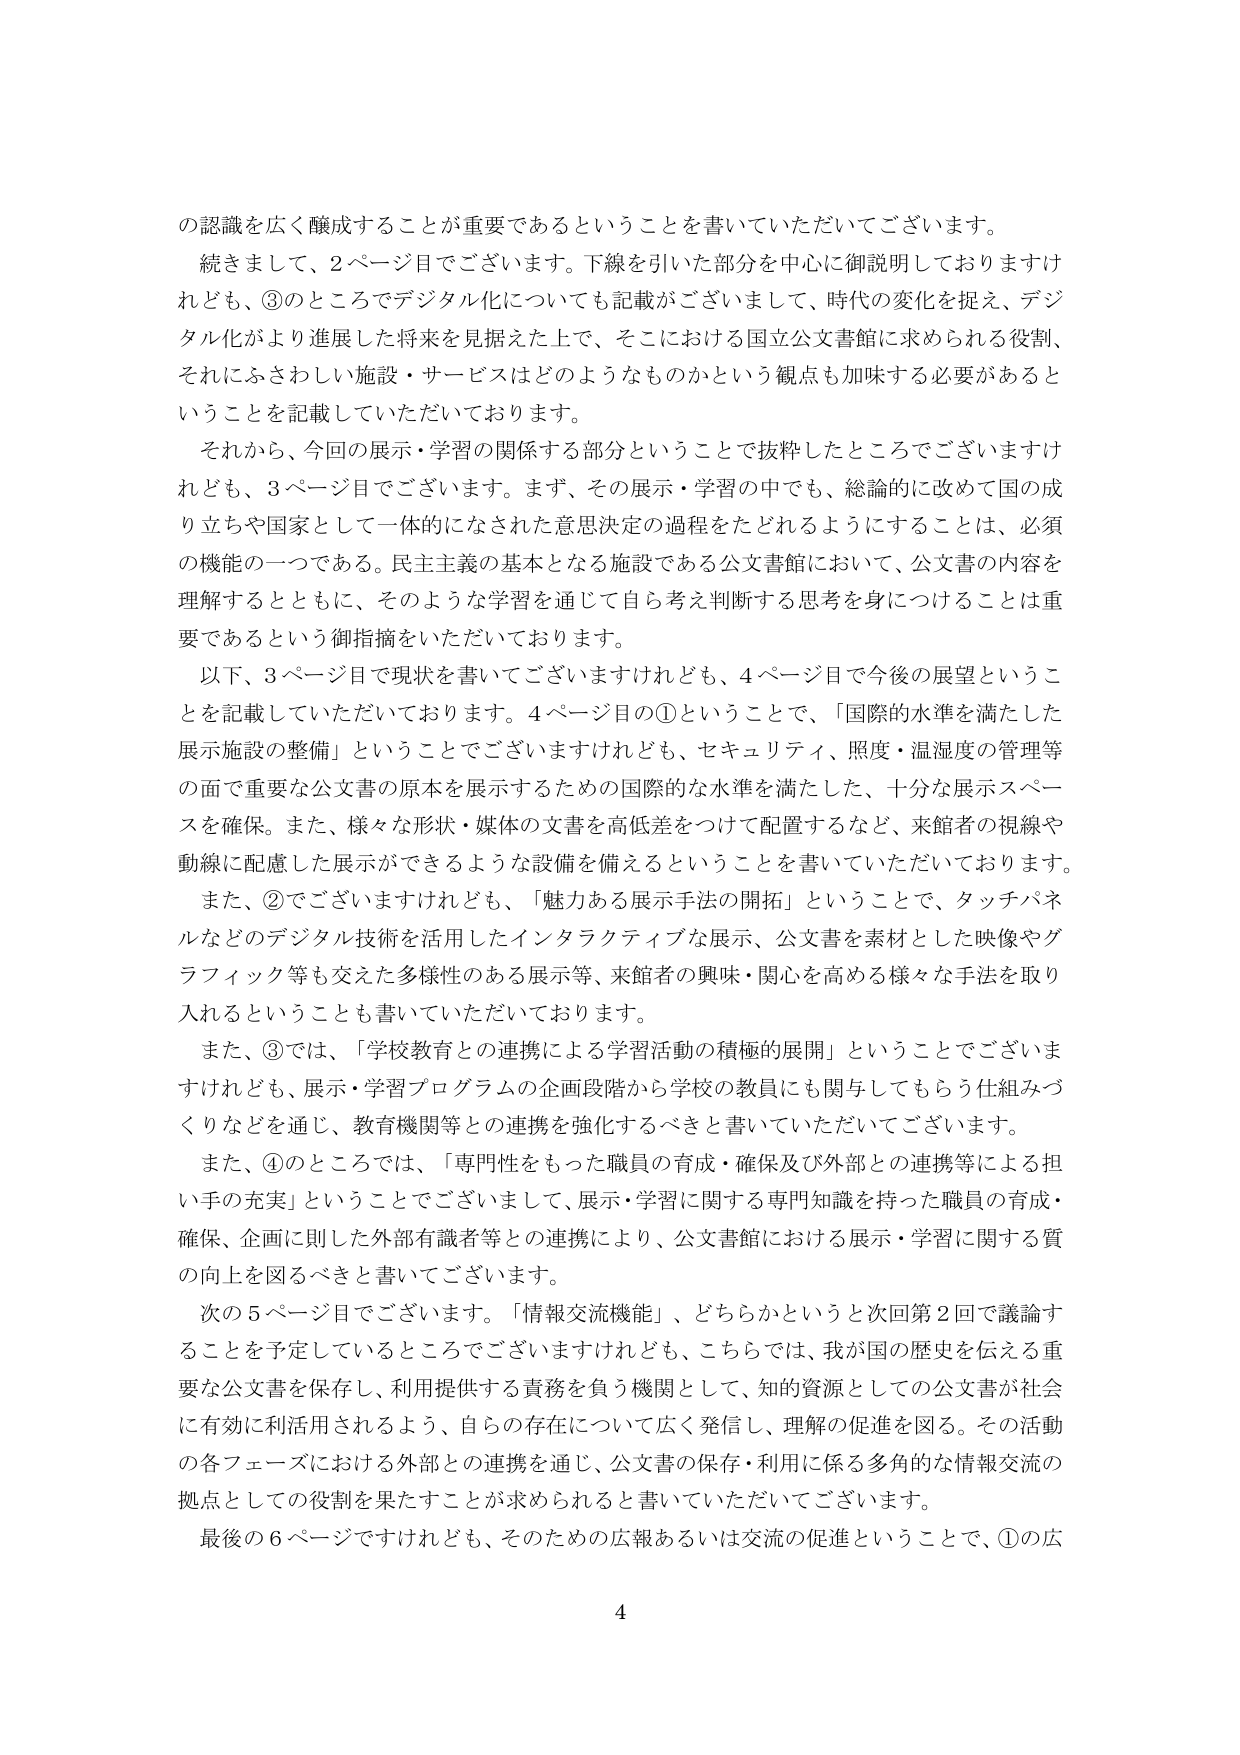
の認識を広く醸成することが重要であるということを書いていただいてございます。

続きまして、2ページ目でございます。下線を引いた部分を中心に御説明しておりますけれども、③のところでデジタル化についても記載がございまして、時代の変化を捉え、デジタル化がより進展した将来を見据えた上で、そこにおける国立公文書館に求められる役割、それにふさわしい施設・サービスはどのようなものかという観点も加味する必要があるということを記載していただいております。

それから、今回の展示・学習の関係する部分ということで抜粋したところでございますけれども、3ページ目でございます。まず、その展示・学習の中でも、総論的に改めて国の成り立ちや国家として一体的になされた意思決定の過程をたどれるようにすることは、必須の機能の一つである。民主主義の基本となる施設である公文書館において、公文書の内容を理解するとともに、そのような学習を通じて自ら考え判断する思考を身につけることは重要であるという御指摘をいただいております。

以下、3ページ目で現状を書いてございますけれども、4ページ目で今後の展望ということを記載していただいております。4ページ目の①ということで、「国際的水準を満たした展示施設の整備」ということでございますけれども、セキュリティ、照度・湿度の管理等の面で重要な公文書の原本を展示するための国際的な水準を満たした、十分な展示スペースを確保。また、様々な形状・媒体の文書を高低差をつけて配置するなど、来館者の視線や動線に配慮した展示ができるような設備を備えるということを書いていただいております。

また、②でございますけれども、「魅力ある展示手法の開拓」ということで、タッチパネルなどのデジタル技術を活用したインタラクティブな展示、公文書を素材とした映像やグラフィック等も交えた多様性のある展示等、来館者の興味・関心を高める様々な手法を取り入れるということも書いていただいております。

また、③では、「学校教育との連携による学習活動の積極的展開」ということでございますけれども、展示・学習プログラムの企画段階から学校の教員にも関与してもらう仕組みづくりなどを通じ、教育機関等との連携を強化するべきと書いていただいてございます。

また、④のところでは、「専門性をもった職員の育成・確保及び外部との連携等による担い手の充実」ということでございまして、展示・学習に関する専門知識を持った職員の育成・確保、企画に則した外部有識者等との連携により、公文書館における展示・学習に関する質の向上を図るべきと書いてございます。

次の5ページ目でございます。「情報交流機能」、どちらかというと次回第2回で議論することを予定しているところでございますけれども、こちらでは、我が国の歴史を伝える重要な公文書を保存し、利用提供する責務を負う機関として、知の資源としての公文書が社会に有効に利活用されるよう、自らの存在について広く発信し、理解の促進を図る。その活動の各フェーズにおける外部との連携を通じ、公文書の保存・利用に係る多角的な情報交流の拠点としての役割を果たすことが求められると書いていただいてございます。

最後の6ページですけれども、そのための広報あるいは交流の促進ということで、①の広

4